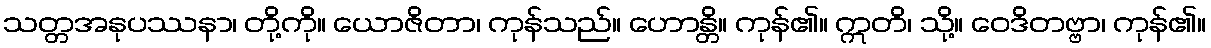
သတ္တအနုပဿနာ၊ တို့ကို။ ယောဇိတာ၊ ကုန်သည်။ ဟောန္တိ။ ကုန်၏။ ဣတိ၊ သို့။ ဝေဒိတဗ္ဗာ၊ ကုန်၏။